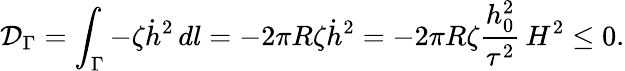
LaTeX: \mathcal{D}_{\Gamma}=\int_{\Gamma}-\zeta\dot{h}^{2}\, dl=-2\pi R\zeta\dot{h}^{2}=-2\pi R\zeta\frac{h_{0}^{2}}{\tau^{2}}\, H^{2}\leq 0.